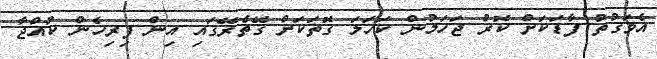
އެވަގުތު ފާޑަކަށް ކޮރު ޖަހަމުން ކަހަލަ ގޮތަކަށް ގޭތެރޭގައި އިން ފިރިހެން ކުއްޖާ